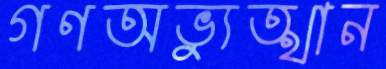
গণঅভ্যুত্থান